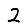
Digit: 2